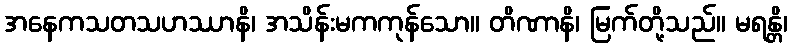
အနေကသတသဟဿာနိ၊ အသိန်းမကကုန်သော။ တိဏာနိ၊ မြက်တို့သည်။ မရန္တိ၊